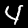
Label: 4